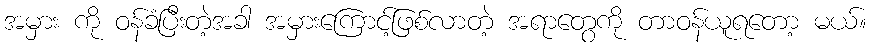
အမှား ကို ဝန်ခံပြီးတဲ့အခါ အမှားကြောင့်ဖြစ်လာတဲ့ အရာတွေကို တာဝန်ယူရတော့ မယ်။